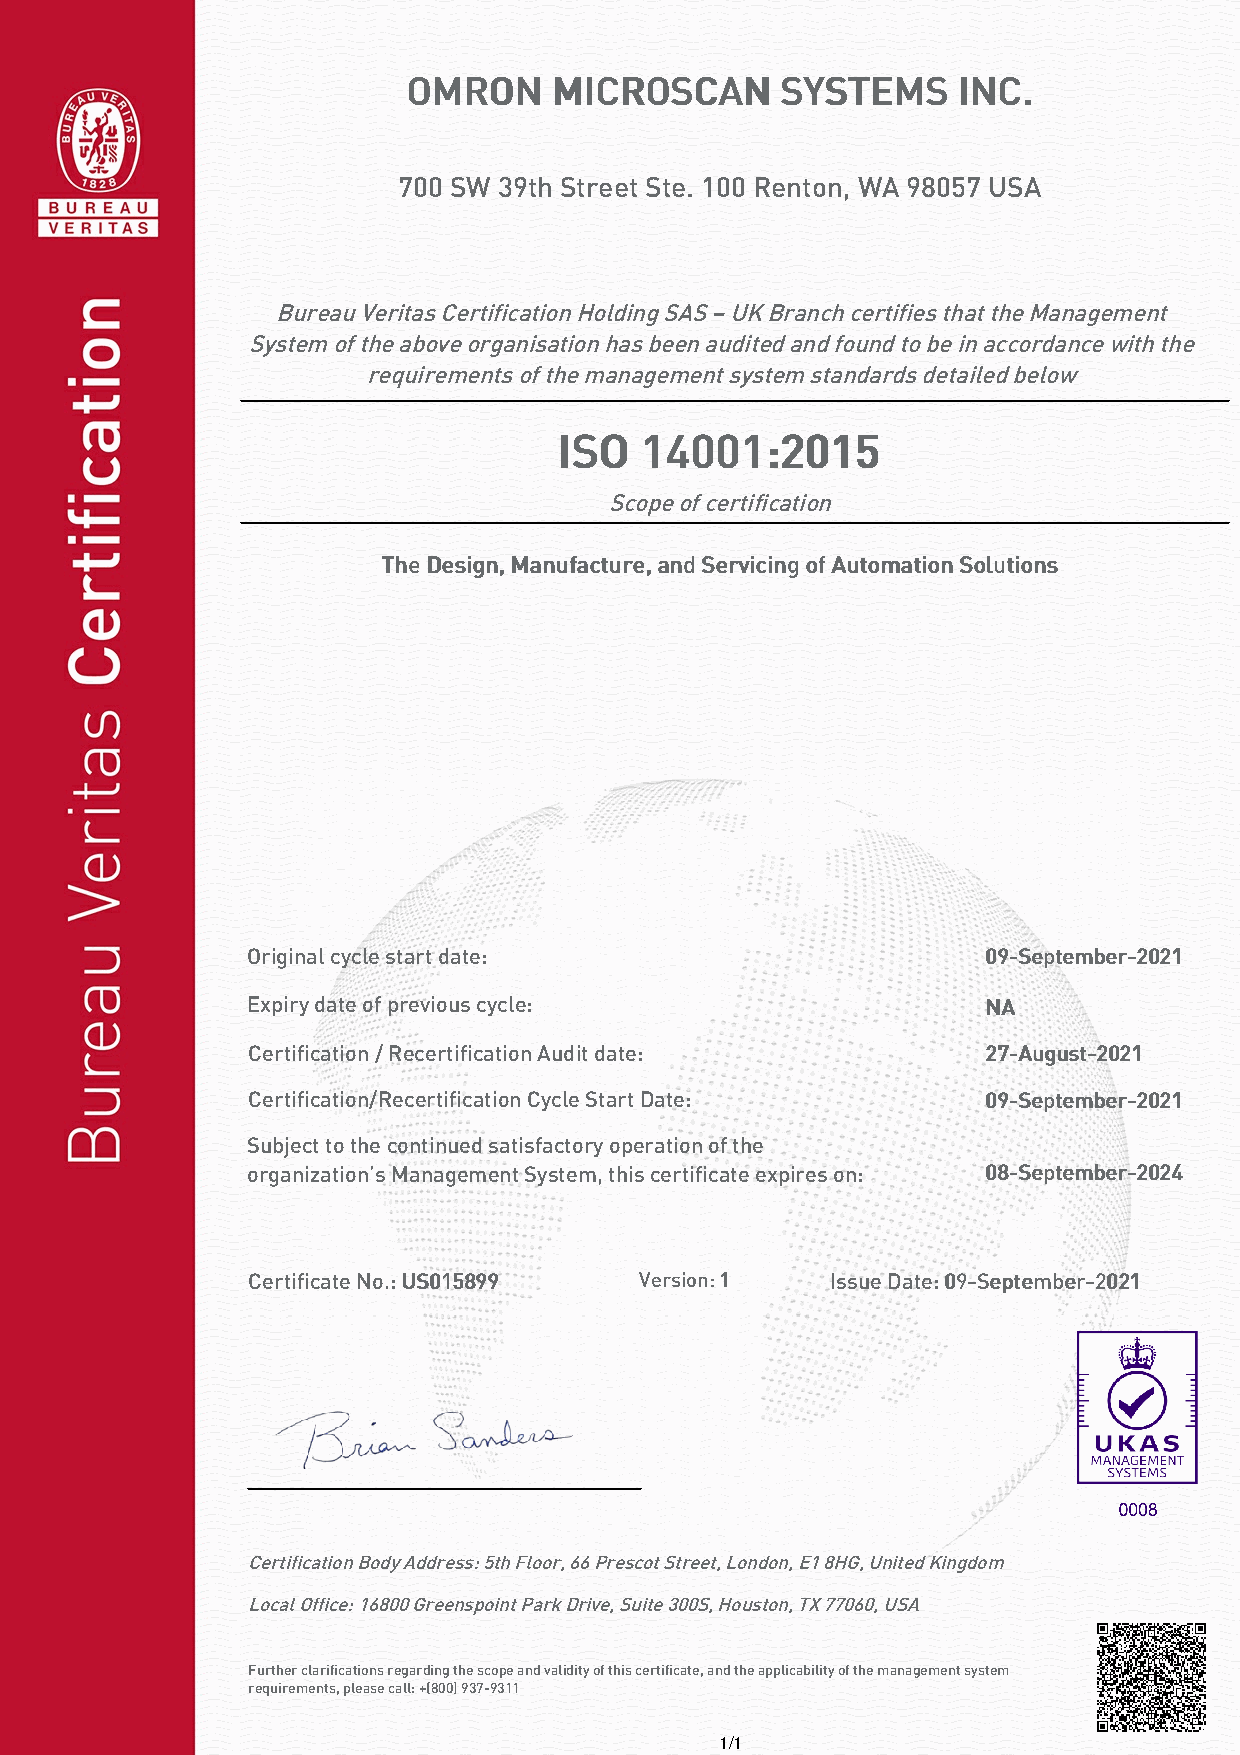
OOMMRROONN MMIICCRROOSSCCAANN SSYYSSTTEEMMSS IINNCC..
 700 SW 39th Street Ste. 100 Renton, WA 98057 USA
 Bureau Veritas Certification Holding SAS – UK Branch certifies that the Management
 System of the above organisation has been audited and found to be in accordance with the
 requirements of the management system standards detailed below
 IISSOO 1144000011::22001155
 Scope of certification
 TThhee DDeessiiggnn,, MMaannuuffaaccttuurree,, aanndd SSeerrvviicciinngg ooff AAuuttoommaattiioonn SSoolluuttiioonnss
 Original cycle start date:                       0099--SSeepptteemmbbeerr--22002211
 Expiry date of previous cycle:                   NNAA
 Certification / Recertification Audit date:      2277--AAuugguusstt--22002211
 Certification/Recertification Cycle Start Date:  0099--SSeepptteemmbbeerr--22002211
 Subject to the continued satisfactory operation of the
 organization’s Management System, this certificate expires on: 0088--SSeepptteemmbbeerr--22002244
 Certificate No.: UUSS001155889999 Version: 11 Issue Date: 0099--SSeepptteemmbbeerr--22002211
 Certification Body Address: 5th Floor, 66 Prescot Street, London, E1 8HG, United Kingdom
 Local Office: 16800 Greenspoint Park Drive, Suite 300S, Houston, TX 77060, USA
 Further clarifications regarding the scope and validity of this certificate, and the applicability of the management system
 requirements, please call: +(800) 937-9311
 1/1